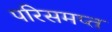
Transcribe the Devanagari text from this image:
परिसमप्‍त